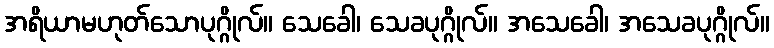
အရိယာမဟုတ်သောပုဂ္ဂိုလ်။ သေခေါ၊ သေခပုဂ္ဂိုလ်။ အသေခေါ၊ အသေခပုဂ္ဂိုလ်။